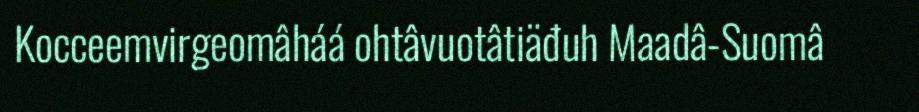
Kocceemvirgeomâháá ohtâvuotâtiäđuh Maadâ-Suomâ